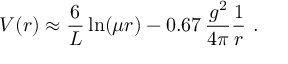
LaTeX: V ( r ) \approx \frac { 6 } { L } \ln ( \mu r ) - 0 . 6 7 \, \frac { g ^ { 2 } } { 4 \pi } \frac { 1 } { r } \ .